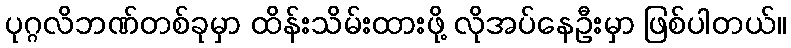
ပုဂ္ဂလိဘဏ်တစ်ခုမှာ ထိန်းသိမ်းထားဖို့ လိုအပ်နေဦးမှာ ဖြစ်ပါတယ်။